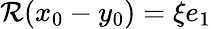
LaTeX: \mathcal{R}(x_{0}-y_{0})=\xi e_{1}